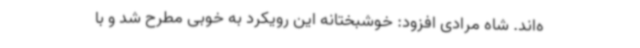
ه‌اند. شاه مرادی افزود: خوشبختانه این رویکرد به خوبی مطرح شد و با